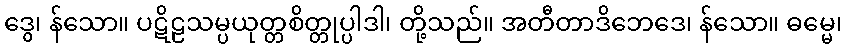
ဒွေ၊ န်သော။ ပဋိဠသမ္ပယုတ္တစိတ္တုပ္ပါဒါ၊ တို့သည်။ အတီတာဒိဘေဒေ၊ န်သော။ ဓမ္မေ၊